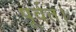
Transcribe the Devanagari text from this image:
पूर्वत।